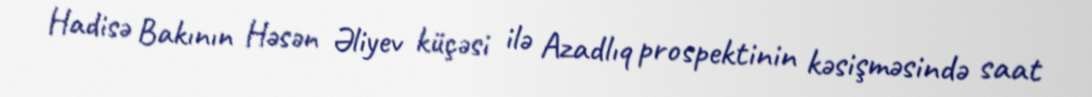
Hadisə Bakının Həsən Əliyev küçəsi ilə Azadlıq prospektinin kəsişməsində saat